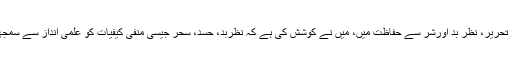
زیر نظر تحریر، نظر ِبد اورشر سے حفاظت میں، میں نے کوشش کی ہے کہ نظربد، حسد، سحر جیسی منفی کیفیات کو علمی انداز سے سمجھا جائے۔